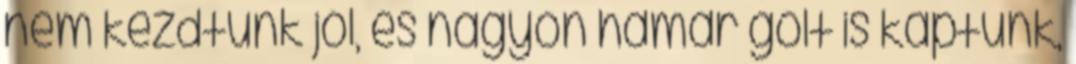
nem kezdtünk jól, és nagyon hamar gólt is kaptunk,